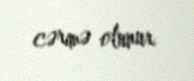
cərimə olunur.